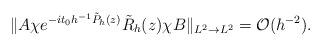
LaTeX: \begin{align*}\|A\chi e^{-it_0h^{-1}\tilde{P}_h(z)} \tilde{R}_h(z)\chi B\|_{L^2\to L^2}=\mathcal{O}(h^{-2}).\end{align*}